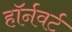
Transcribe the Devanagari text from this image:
हॉर्नवर्ट